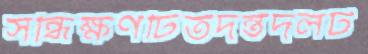
সন্ধিক্ষণটিতদন্তদলট